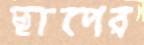
ছাপের